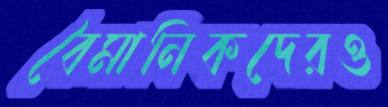
বৈমানিকদেরও